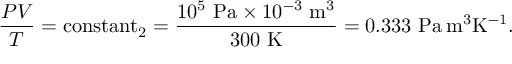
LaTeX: { \frac { P V } { T } } = \operatorname { c o n s t a n t } _ { 2 } = { \frac { 1 0 ^ { 5 } ~ { \mathrm { P a } } \times 1 0 ^ { - 3 } ~ { \mathrm { m } } ^ { 3 } } { 3 0 0 ~ { \mathrm { K } } } } = 0 . 3 3 3 ~ { \mathrm { P a } } \, { \mathrm { m } } ^ { 3 } { \mathrm { K } } ^ { - 1 } .